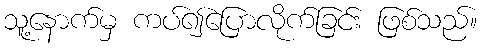
သူ့နောက်မှ ကပ်၍ပြောလိုက်ခြင်း ဖြစ်သည်။